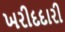
ખરીદદારી